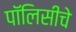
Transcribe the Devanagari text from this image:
पॉलिसीचे